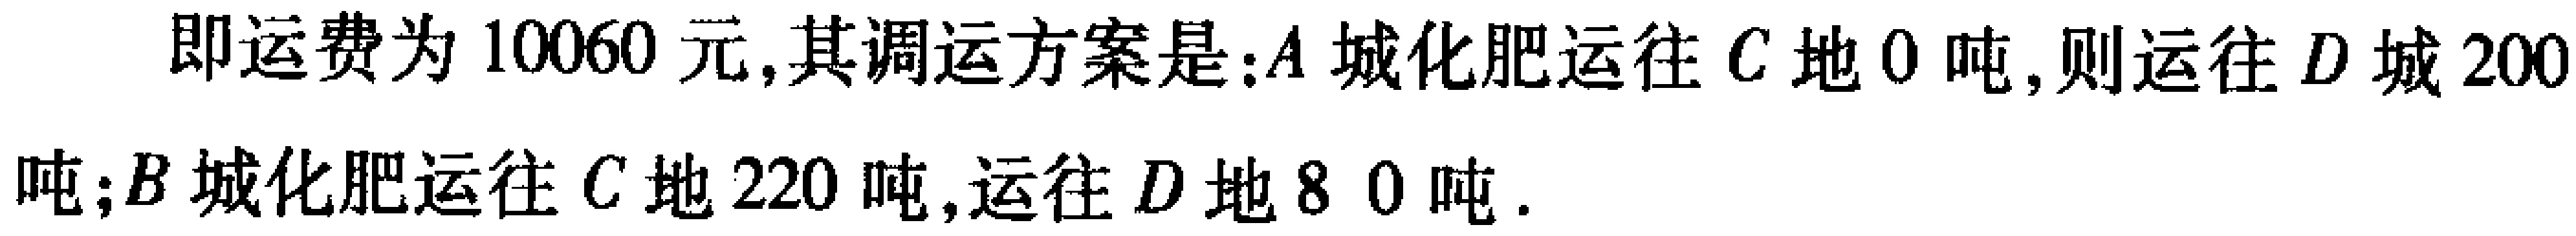
即运费为 \(10060\) 元,其调运方案是：\(A\) 城化肥运往 \(C\) 地 \(0\) 吨,则运往 \(D\) 城 \(200\) 吨；\(B\) 城化肥运往 \(C\) 地 \(220\) 吨,运往 \(D\) 地 \(80\) 吨.